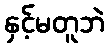
နှင့်မတူဘဲ